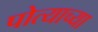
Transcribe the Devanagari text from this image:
पोत्याच्या